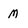
Character: M